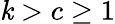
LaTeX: \mathit{k}>c\geq1